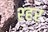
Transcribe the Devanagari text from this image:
श्हर